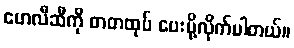
ဟေလီဆီကို စာတထုပ် ပေးပို့လိုက်ပါတယ်။